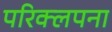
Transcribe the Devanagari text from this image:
परिक्लपना